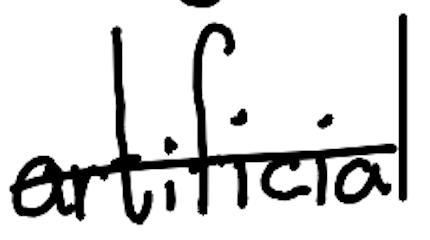
Text: artificial
Cross-out: single-line
Writing tool: digital_black